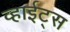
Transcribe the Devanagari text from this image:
व्हाईट्स